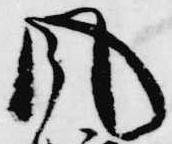
風